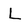
Character: L